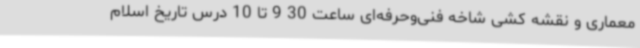
معماری و نقشه کشی شاخه فنی‌وحرفه‌ای ساعت 30 9 تا 10 درس تاریخ اسلام